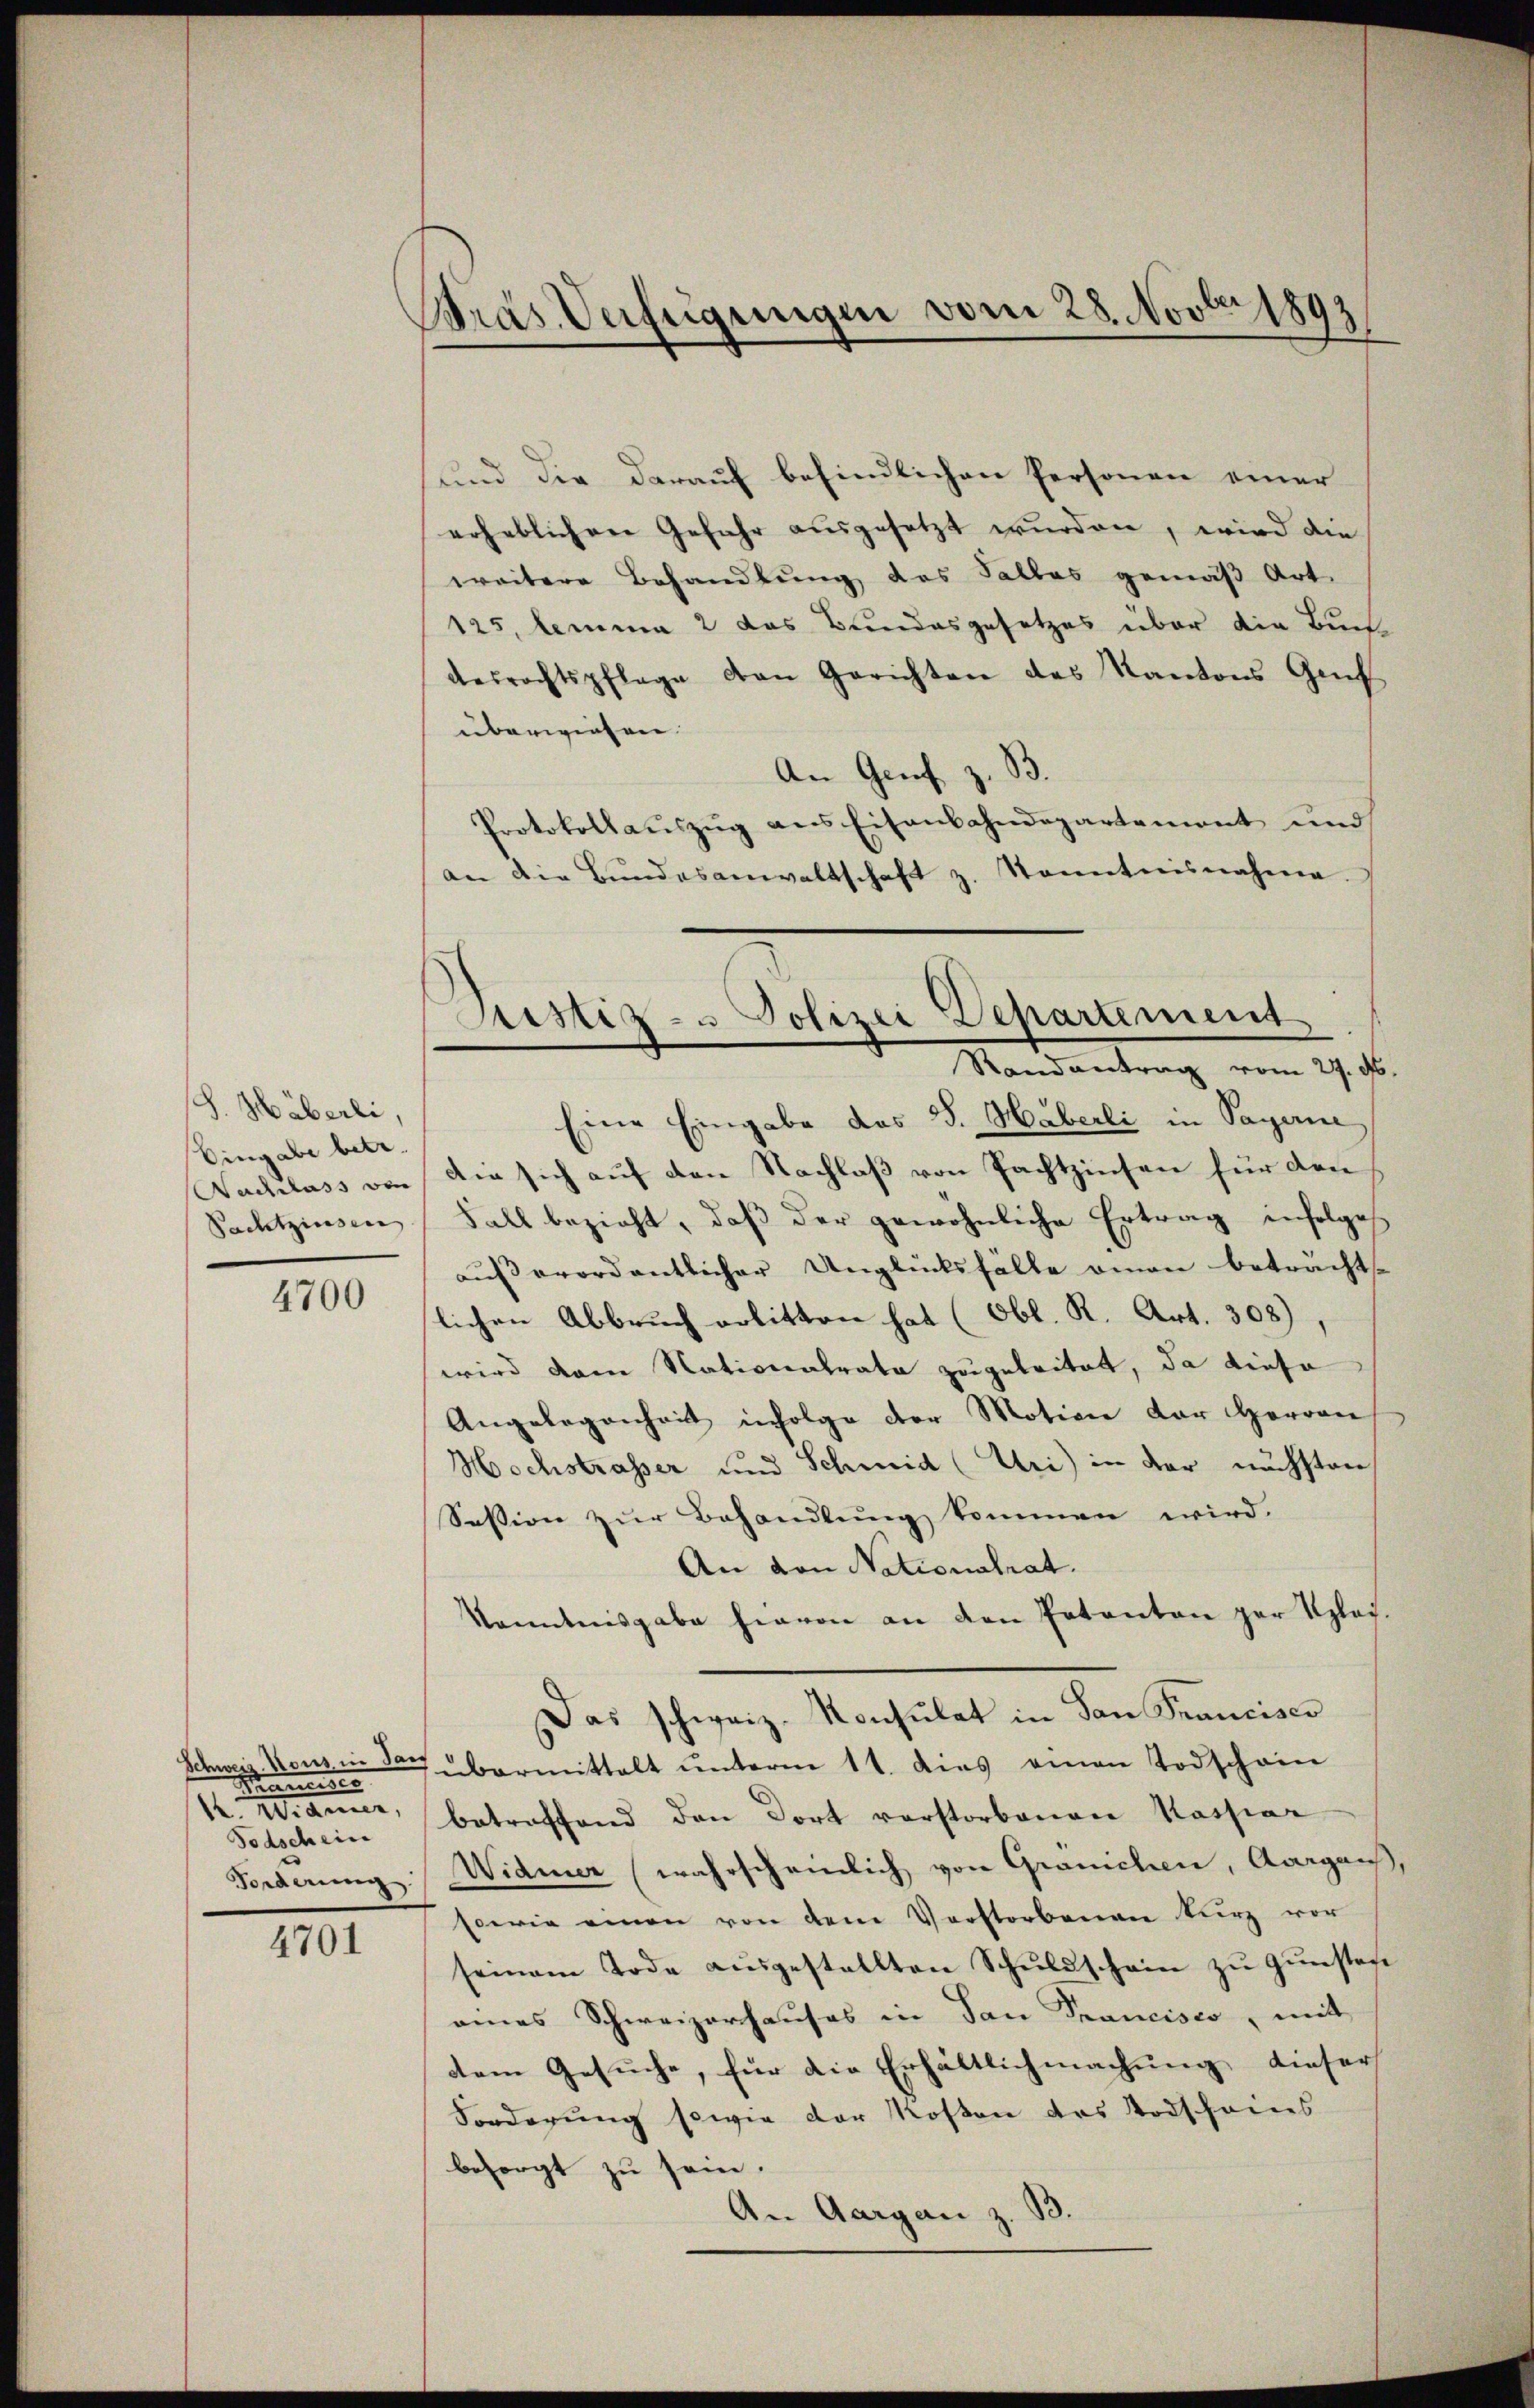
S. Häberli
Eingabe betr.
Nachlass von
Pachtzinsen

4700

4701

tras Verfügungen vom 28. Novbr 1893

Schweiz. Kons in San
Braunises
K. Manner,
Todschein
Forderung

Justiz- u Polizei Departement
Randantrag vom 27. ds.

und die darauf befindlichen Personen einer
erheblichen Gefahr ausgesetzt wurden, wird die
weitere Behandlung des Falles gemäß Art.
125, lemma 2 das Bundesgesetzes über die Buch
desrechtspflege den Gerichten des Kantons Gef
überwiesen.
An Genf z. B.
Protokollaŭszŭg ans Eisenbahndepartement und
an die Bundesanwaltschaft z. Sonntnisnahme.
Eine Eingabe das 3. Haberli in Payerne
An sich auf den Nachlaß von Pachtzinsen für den
Fall bezieht, daβ der gewöhnliche Ertrag infolge
außerordentlicher Unglücksfalle omen betracht.
slichen Abbruch arbitten hat (Obl. R. Art. 308),
wird dem Nationalrata zugeleitet, da diese
Angelegenheit infolge der Motion der Herren
Hochstrasser und Schmid (Uri) in der nächsten
Session zŭr Behandlŭng kommen wird.
An von Nationalrat.
Kenntnisgabe hievon an den Patenten par Klei-
Das schweiz. Konsulat in San Francisco
übermittelt ŭnterm 11. dies einen Todschain
betreffend den dort vorstorbenen Kassiar
Widmer (wahrscheinlich von Granchen, Aargaus,
sowie einen von dem Verstorbenan kurz vor
seinem Tode aŭsgestellten Schŭldschein zŭ Gŭnstehe
eines Schweizerhauses in San Francisco, mit
dem Gesuche, für die Erhältlichmachung dieser
Forderung sowie der Kosten des Todscheins
besorgt zu sein.
An Aargau z. B